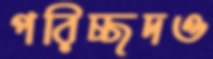
পরিচ্ছদও